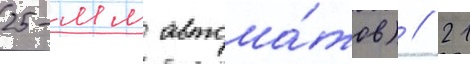
25-мм автома́тов) // 21